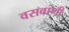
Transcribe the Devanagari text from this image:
वसवाणी